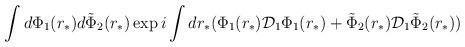
LaTeX: \begin{align*}\int d \Phi_1(r_*) d \tilde \Phi_2 (r_*) \exp {i\int dr_* (\Phi_1 (r_*) {\cal D}_{1} \Phi_1 (r_*) + \tilde \Phi_2(r_*){\cal D}_{1}\tilde \Phi_2 (r_*) )}\end{align*}